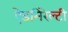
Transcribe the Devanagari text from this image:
ऐडमिरेल्टी